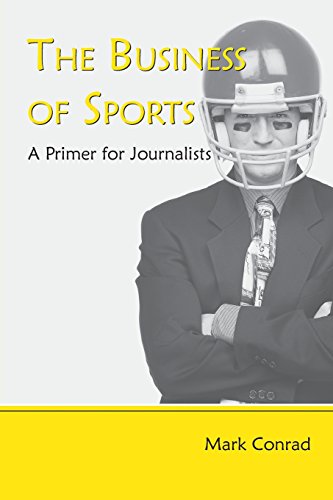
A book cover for The Business of Sports: A Primer for Journalists; Mark Conrad; Business & Money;